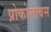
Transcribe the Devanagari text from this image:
प्रोकोलोबस